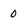
Character: 0